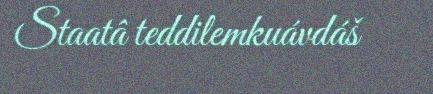
Staatâ teddilemkuávdáš